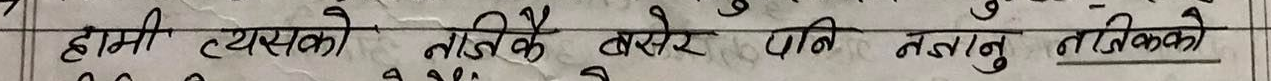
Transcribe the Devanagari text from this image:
हामी त्यसको तरिकाले बसेर पनि नबताउनु तरिकाको